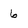
Character: 6